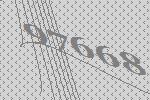
97668